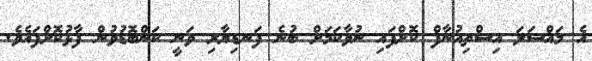
އެ މައްސަލަ އިސްތިއުނާފް ކޮށްފައި ނުވާކަމަށް ބުނެ ފަނޑިޔާރި ވަނީ ކަންބޮޑުވުން ފާޅުކޮށްފައެވެ.